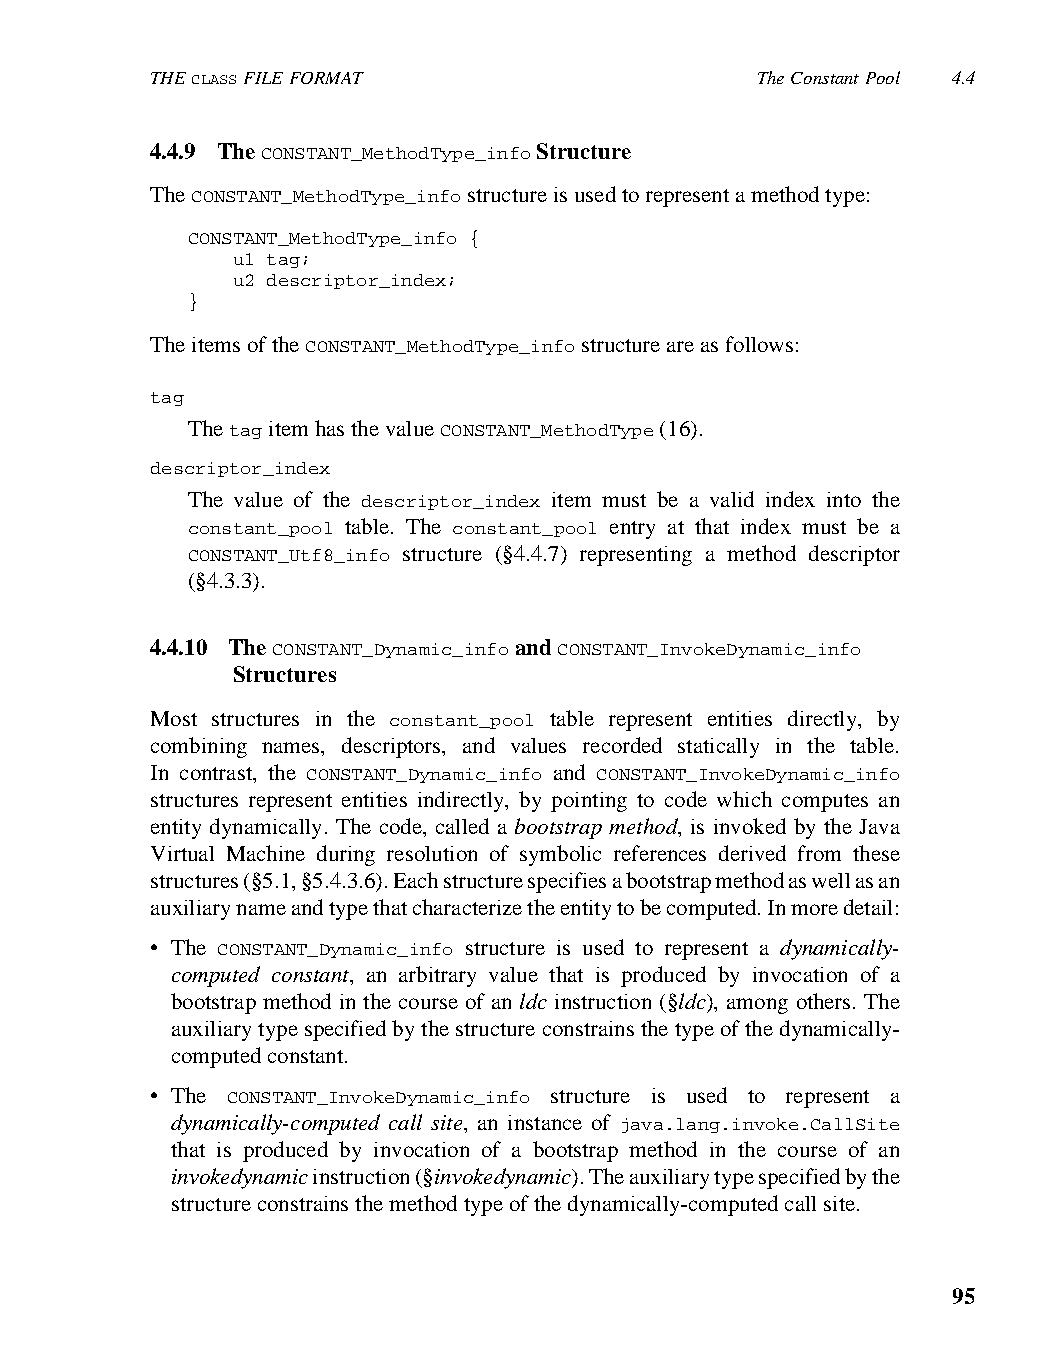
THE CLASS FILE FORMAT                   The Constant Pool 4.4
 4.4.9 The CONSTANT_MethodType_info Structure
 The CONSTANT_MethodType_info structure is used to represent a method type:
 CONSTANT_MethodType_info {
 u1 tag;
 u2 descriptor_index;
 }
 The items of the CONSTANT_MethodType_info structure are as follows:
 tag
 The tag item has the value CONSTANT_MethodType (16).
 descriptor_index
 The value of the descriptor_index item must be a valid index into the
 constant_pool table. The constant_pool entry at that index must be a
 CONSTANT_Utf8_info structure (§4.4.7) representing a method descriptor
 (§4.3.3).
 4.4.10 The CONSTANT_Dynamic_info and CONSTANT_InvokeDynamic_info
 Structures
 Most structures in the constant_pool table represent entities directly, by
 combining names, descriptors, and values recorded statically in the table.
 In contrast, the CONSTANT_Dynamic_info and CONSTANT_InvokeDynamic_info
 structures represent entities indirectly, by pointing to code which computes an
 entity dynamically. The code, called a bootstrap method, is invoked by the Java
 Virtual Machine during resolution of symbolic references derived from these
 structures (§5.1, §5.4.3.6). Each structure specifies a bootstrap method as well as an
 auxiliary name and type that characterize the entity to be computed. In more detail:
 • The CONSTANT_Dynamic_info structure is used to represent a dynamically-
 computed constant, an arbitrary value that is produced by invocation of a
 bootstrap method in the course of an ldc instruction (§ldc), among others. The
 auxiliary type specified by the structure constrains the type of the dynamically-
 computed constant.
 • The CONSTANT_InvokeDynamic_info structure is used to represent a
 dynamically-computed call site, an instance of java.lang.invoke.CallSite
 that is produced by invocation of a bootstrap method in the course of an
 invokedynamic instruction (§invokedynamic). The auxiliary type specified by the
 structure constrains the method type of the dynamically-computed call site.
 95